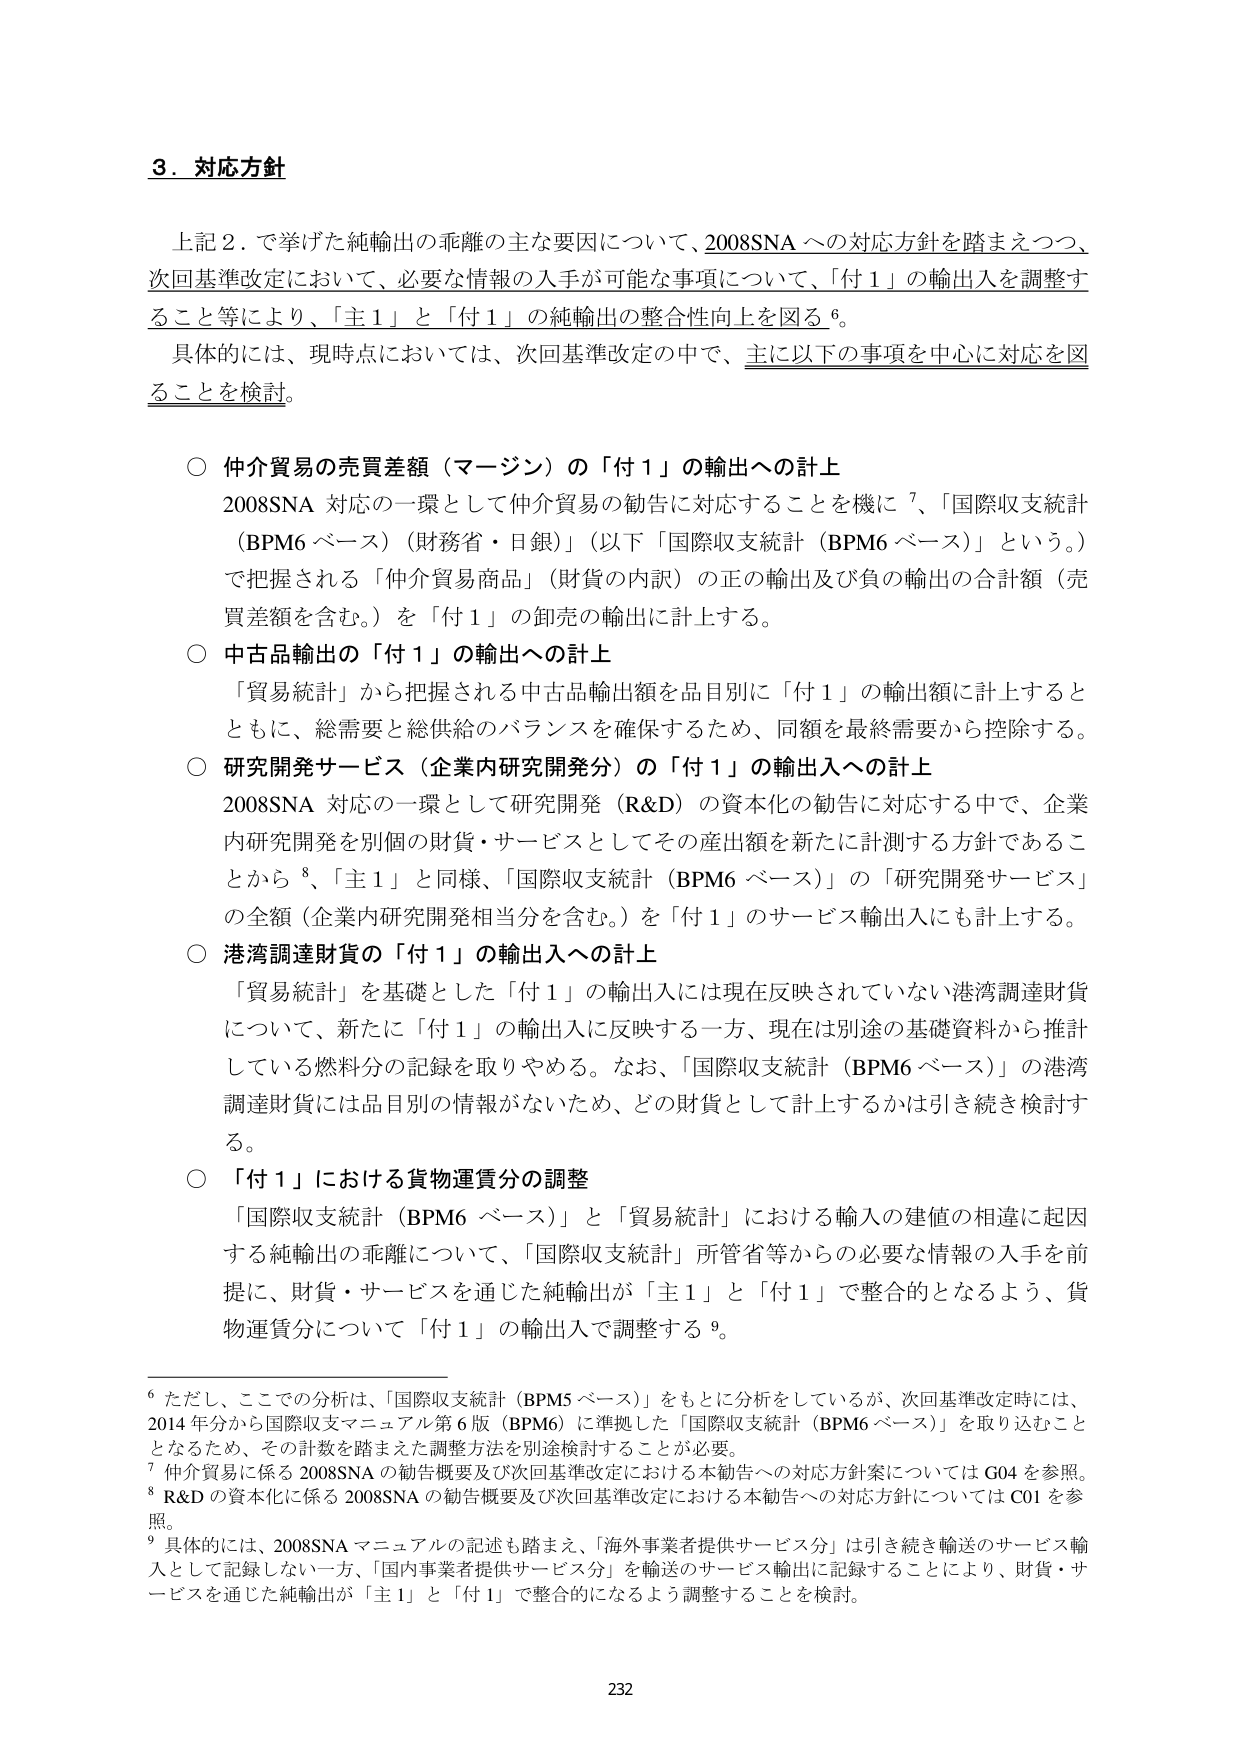
3．対応方針

上記2．で挙げた純輸出の乖離の主な要因について、2008SNAへの対応方針を踏まえつつ、次回基準改定において、必要な情報の入手が可能な事項について、「付1」の輸出入を調整すること等により、「主1」と「付1」の純輸出の整合性向上を図る⁶。

具体的には、現時点においては、次回基準改定の中で、主に以下の事項を中心に対応を図ることを検討。

○ 仲介貿易の売買差額（マージン）の「付1」の輸出への計上
2008SNA対応の一環として仲介貿易の勧告に対応することを機に⁷、「国際収支統計（BPM6ベース）（財務省・日銀）」（以下「国際収支統計（BPM6ベース）」という。）で把握される「仲介貿易商品」（財貨の内訳）の正の輸出及び負の輸出の合計額（売買差額を含む。）を「付1」の卸売の輸出に計上する。

○ 中古品輸出の「付1」の輸出への計上
「貿易統計」から把握される中古品輸出額を品目別に「付1」の輸出額に計上するとともに、総需要と総供給のバランスを確保するため、同額を最終需要から控除する。

○ 研究開発サービス（企業内研究開発分）の「付1」の輸出入への計上
2008SNA対応の一環として研究開発（R&D）の資本化の勧告に対応する中で、企業内研究開発を別個の財貨・サービスとしてその産出額を新たに計測する方針であることから⁸、「主1」と同様、「国際収支統計（BPM6ベース）」の「研究開発サービス」の全額（企業内研究開発相当分を含む。）を「付1」のサービス輸出入にも計上する。

○ 港湾調達財貨の「付1」の輸出入への計上
「貿易統計」を基礎とした「付1」の輸出入には現在反映されていない港湾調達財貨について、新たに「付1」の輸出入に反映する一方、現在は別途の基礎資料から推計している燃料分の記録を取りやめる。なお、「国際収支統計（BPM6ベース）」の港湾調達財貨には品目別の情報がないため、どの財貨として計上するかは引き続き検討する。

○ 「付1」における貨物運賃分の調整
「国際収支統計（BPM6ベース）」と「貿易統計」における輸入の建値の相違に起因する純輸出の乖離について、「国際収支統計」所管省等からの必要な情報の入手を前提に、財貨・サービスを通じた純輸出が「主1」と「付1」で整合的となるよう、貨物運賃分について「付1」の輸出入で調整する⁹。

⁶ ただし、ここでの分析は、「国際収支統計（BPM5ベース）」をもとに分析をしているが、次回基準改定時には、2014年分から国際収支マニュアル第6版（BPM6）に準拠した「国際収支統計（BPM6ベース）」を取り込むこととなるため、その計数を踏まえた調整方法を別途検討することが必要。
⁷ 仲介貿易に係る2008SNAの勧告概要及び次回基準改定における本勧告への対応方針案についてはG04を参照。
⁸ R&Dの資本化に係る2008SNAの勧告概要及び次回基準改定における本勧告への対応方針についてはC01を参照。
⁹ 具体的には、2008SNAマニュアルの記述も踏まえ、「海外事業者提供サービス分」は引き続き輸送のサービス輸入として記録しない一方、「国内事業者提供サービス分」を輸送のサービス輸出に記録することにより、財貨・サービスを通じた純輸出が「主1」と「付1」で整合的になるよう調整することを検討。

232